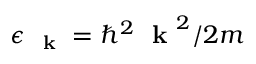
\epsilon _ { \mathrm { ~ \bf ~ k ~ } } = \hbar ^ { 2 } \mathrm { ~ \bf ~ k ~ } ^ { 2 } / 2 m